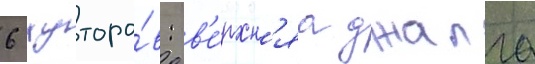
6 хуторо́в: в'е́рхн'яа джалга